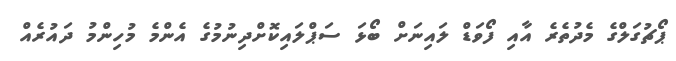
ޕޯޗުގަލްގެ މެދުތެރެ އާއި ފޯވަޑް ލައިނަށް ބޯޅަ ސަޕްލައިކޮށްދިނުމުގެ އެންމެ މުހިންމު ދައުރެއް